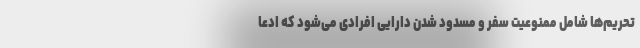
تحریم‌ها شامل ممنوعیت سفر و مسدود شدن دارایی افرادی می‌شود که ادعا